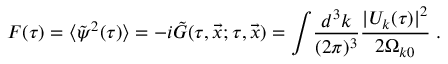
{ \cal F } ( \tau ) = \langle \tilde { \psi } ^ { 2 } ( \tau ) \rangle = - i \tilde { G } ( \tau , \vec { x } ; \tau , \vec { x } ) = \int \! \frac { d ^ { 3 } k } { ( 2 \pi ) ^ { 3 } } \frac { | U _ { k } ( \tau ) | ^ { 2 } } { 2 \Omega _ { k 0 } } \; .